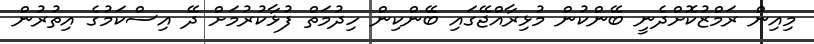
މިއިން ރަމްޒުކޮށްދެނީ ބޭންކުން މުޅިރާއްޖޭގައި ބޭންކިން ހިދުމަތް ފުޅާކުރުމަށް ދޭ އިސްކަމުގެ އިތުރުން